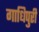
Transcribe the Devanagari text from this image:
गाधिपुरी